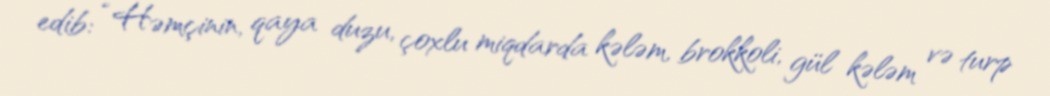
edib: “Həmçinin, qaya duzu, çoxlu miqdarda kələm, brokkoli, gül kələm və turp